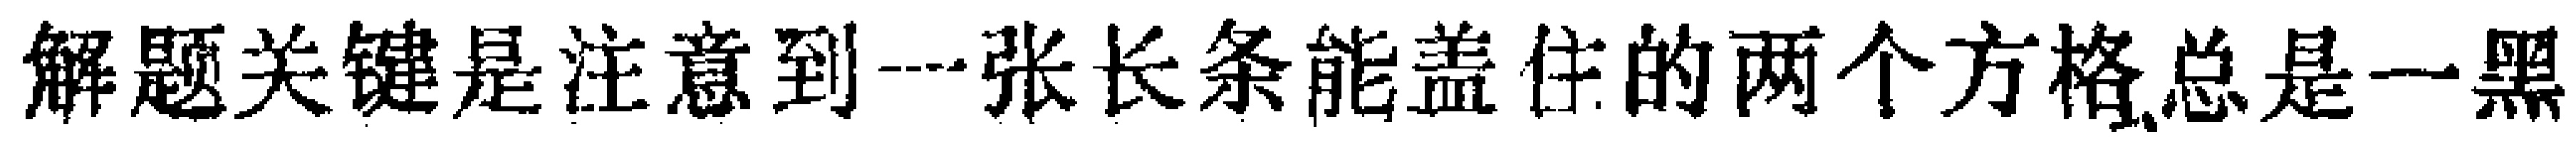
解题关键是注意到一张长条能盖住的两个方格,总是一黑